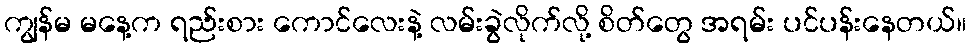
ကျွန်မ မနေ့က ရည်းစား ကောင်လေးနဲ့ လမ်းခွဲလိုက်လို့ စိတ်တွေ အရမ်း ပင်ပန်းနေတယ်။